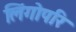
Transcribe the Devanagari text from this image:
लिंगोपरि